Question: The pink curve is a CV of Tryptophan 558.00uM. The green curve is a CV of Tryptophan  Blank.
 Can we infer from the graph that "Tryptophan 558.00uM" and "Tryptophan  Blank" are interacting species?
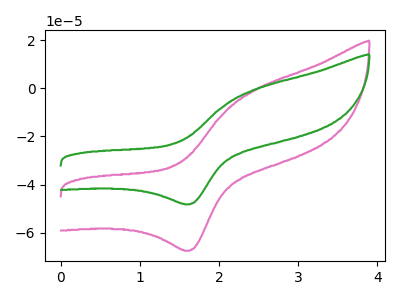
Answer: <think>The pink curve "Tryptophan 558.00uM" has an anodic peak at (2.45V, -0.65uA) and a cathodic peak at (1.65V, -67.45uA). The green curve "Tryptophan  Blank" has an anodic peak at (2.45V, -0.45uA) and a cathodic peak at (1.65V, -48.20uA).
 All the peaks in "Tryptophan 558.00uM" have a peak in "Tryptophan  Blank" at the same potential.</think>
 <answer>No, "Tryptophan 558.00uM" and "Tryptophan  Blank" don't appear to be significantly different in shape</answer>
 <eval>no_change</eval>